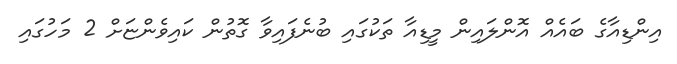
އިންޑިއާގެ ބައެއް އޮންލައިން މީޑިއާ ތަކުގައި ބުނެފައިވާ ގޮތުން ކައިވެންޏަށް 2 މަހުގައި